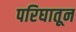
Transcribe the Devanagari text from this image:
परिघातून